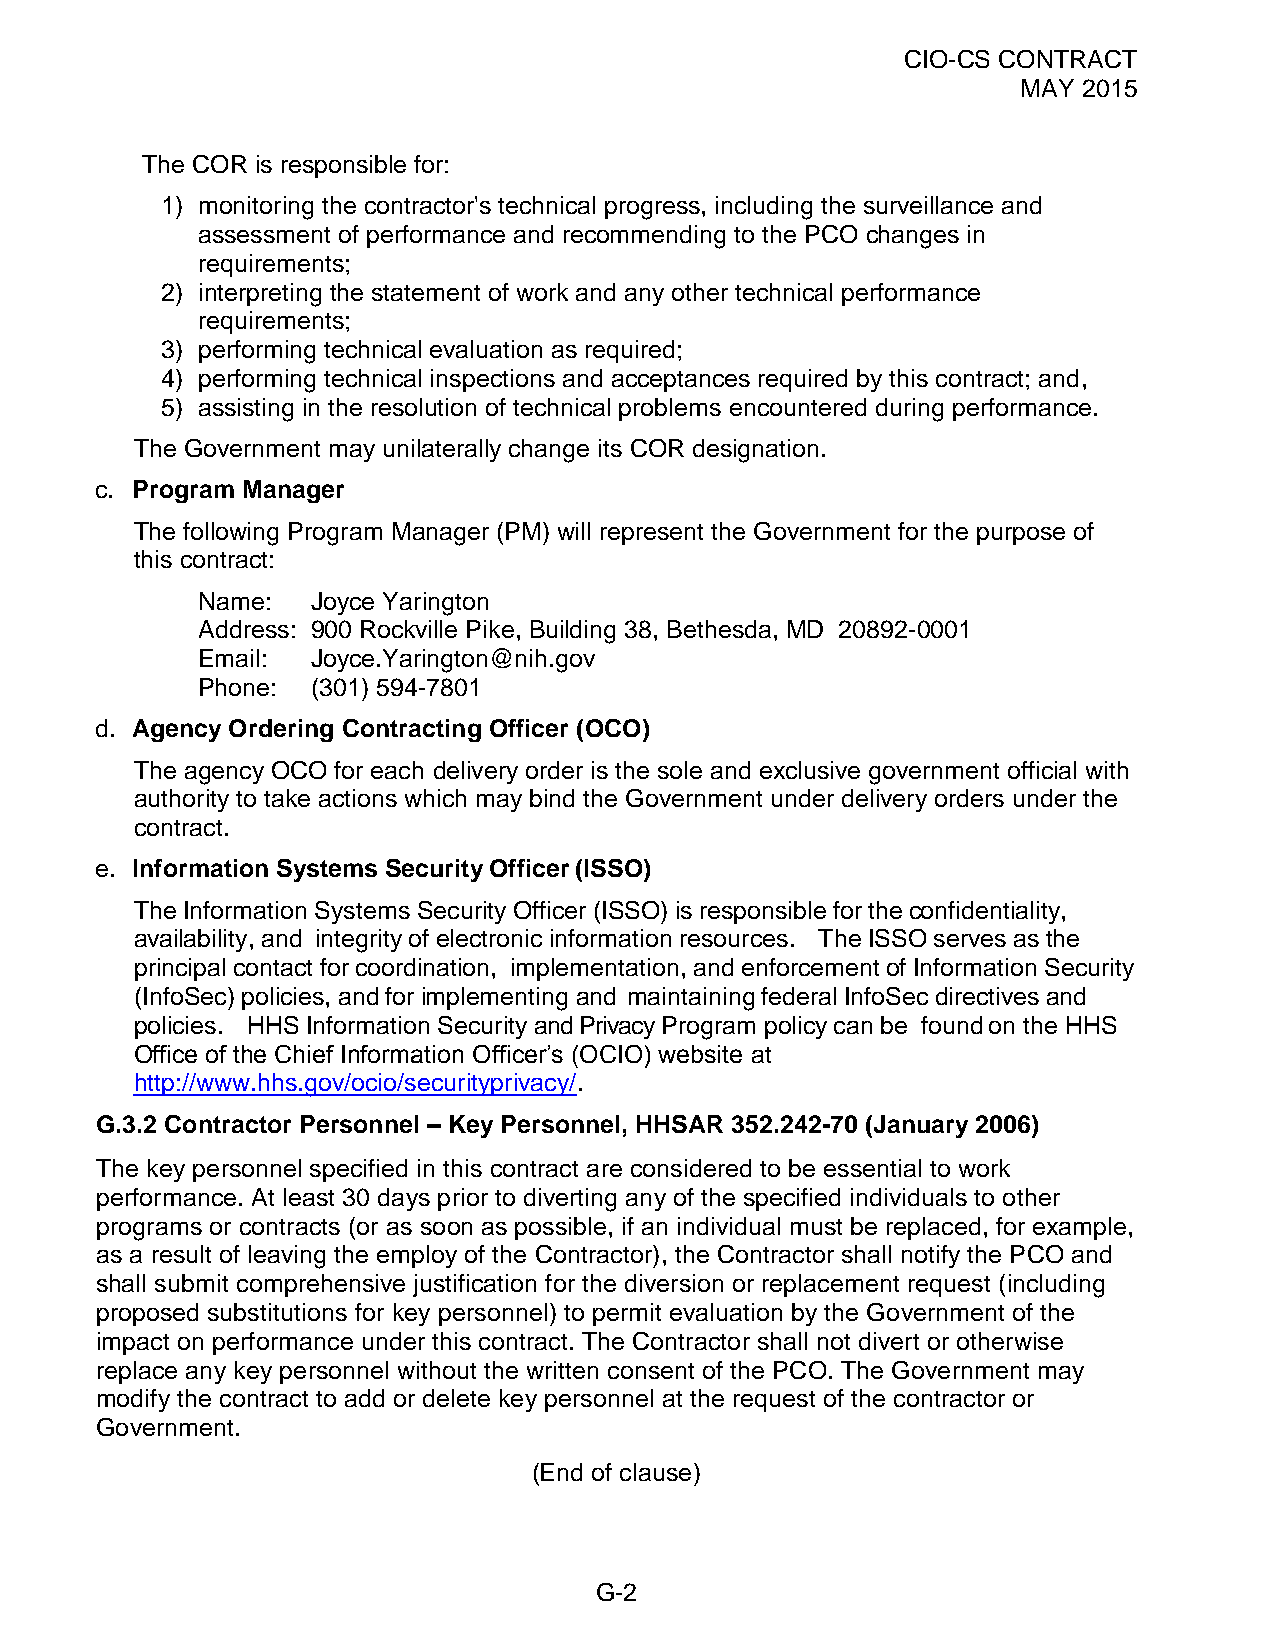
CIO-CS CONTRACT
 MAY 2015
 The COR is responsible for:
 1) monitoring the contractor's technical progress, including the surveillance and
 assessment of performance and recommending to the PCO changes in
 requirements;
 2) interpreting the statement of work and any other technical performance
 requirements;
 3) performing technical evaluation as required;
 4) performing technical inspections and acceptances required by this contract; and,
 5) assisting in the resolution of technical problems encountered during performance.
 The Government may unilaterally change its COR designation.
 c. Program Manager
 The following Program Manager (PM) will represent the Government for the purpose of
 this contract:
 Name:   Joyce Yarington
 Address: 900 Rockville Pike, Building 38, Bethesda, MD 20892-0001
 Email:  Joyce.Yarington@nih.gov
 Phone:  (301) 594-7801
 d. Agency Ordering Contracting Officer (OCO)
 The agency OCO for each delivery order is the sole and exclusive government official with
 authority to take actions which may bind the Government under delivery orders under the
 contract.
 e. Information Systems Security Officer (ISSO)
 The Information Systems Security Officer (ISSO) is responsible for the confidentiality,
 availability, and integrity of electronic information resources. The ISSO serves as the
 principal contact for coordination, implementation, and enforcement of Information Security
 (InfoSec) policies, and for implementing and maintaining federal InfoSec directives and
 policies. HHS Information Security and Privacy Program policy can be found on the HHS
 Office of the Chief Information Officer’s (OCIO) website at
 http://www.hhs.gov/ocio/securityprivacy/.
 G.3.2 Contractor Personnel – Key Personnel, HHSAR 352.242-70 (January 2006)
 The key personnel specified in this contract are considered to be essential to work
 performance. At least 30 days prior to diverting any of the specified individuals to other
 programs or contracts (or as soon as possible, if an individual must be replaced, for example,
 as a result of leaving the employ of the Contractor), the Contractor shall notify the PCO and
 shall submit comprehensive justification for the diversion or replacement request (including
 proposed substitutions for key personnel) to permit evaluation by the Government of the
 impact on performance under this contract. The Contractor shall not divert or otherwise
 replace any key personnel without the written consent of the PCO. The Government may
 modify the contract to add or delete key personnel at the request of the contractor or
 Government.
 (End of clause)
 G-2